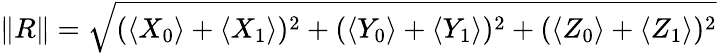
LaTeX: \| R\| =\sqrt{(\langle X_{0}\rangle+\langle X_{1}\rangle)^{2}+(\langle Y_{0}\rangle+\langle Y_{1}\rangle)^{2}+(\langle Z_{0}\rangle+\langle Z_{1}\rangle)^{2}}